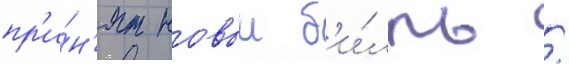
пр'и́н'ят новыи б'и́лль /